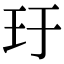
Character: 玗